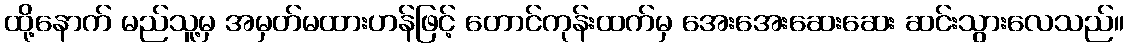
ထို့နောက် မည်သူ့မှ အမှတ်မထားဟန်ဖြင့် တောင်ကုန်းထက်မှ အေးအေးဆေးဆေး ဆင်းသွားလေသည်။